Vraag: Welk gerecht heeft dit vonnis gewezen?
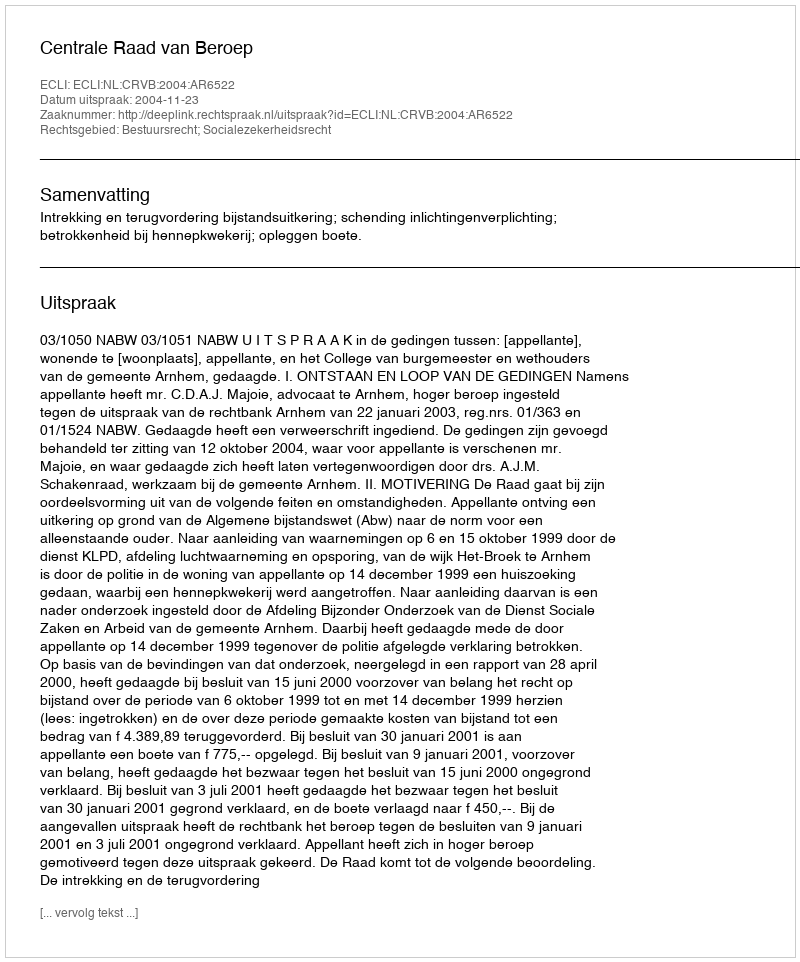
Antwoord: Centrale Raad van Beroep